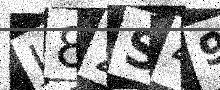
Text: J82S49